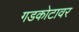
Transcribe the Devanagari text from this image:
गडकोटावर